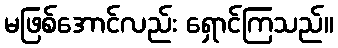
မဖြစ်အောင်လည်း ရှောင်ကြသည်။